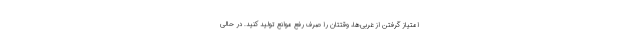
امتیاز گرفتن از غربی‌ها، وقتتان را صرف رفع موانع تولید کنید. در حالی